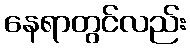
နေရာတွင်လည်း